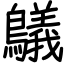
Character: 鸃